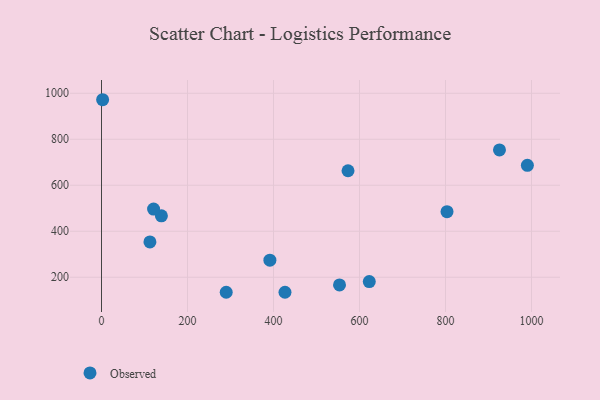
{"axis": {"x": "Speed", "y": "Profit"}, "legend": ["Observed"], "data": [{"x": "803.5", "y": 485.3, "type": "Observed"}, {"x": "925.5", "y": 753.8, "type": "Observed"}, {"x": "573.3", "y": 663.1, "type": "Observed"}, {"x": "391.6", "y": 274.2, "type": "Observed"}, {"x": "139.3", "y": 467.2, "type": "Observed"}, {"x": "622.7", "y": 181.2, "type": "Observed"}, {"x": "121.1", "y": 496.3, "type": "Observed"}, {"x": "426.7", "y": 134.6, "type": "Observed"}, {"x": "112.6", "y": 353.6, "type": "Observed"}, {"x": "553.5", "y": 166.7, "type": "Observed"}, {"x": "290.0", "y": 134.7, "type": "Observed"}, {"x": "2.6", "y": 972.0, "type": "Observed"}, {"x": "990.4", "y": 686.6, "type": "Observed"}]}